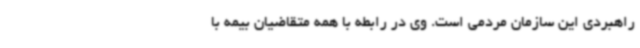
راهبردی این سازمان مردمی است. وی در رابطه با همه متقاضیان بیمه با